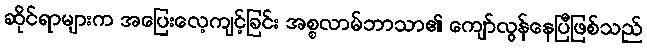
ဆိုင်ရာများက အပြေးလေ့ကျင့်ခြင်း အစ္စလာမ်ဘာသာ၏ ကျော်လွန်နေပြီဖြစ်သည်